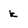
Character: k